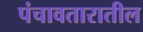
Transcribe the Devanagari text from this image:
पंचावतारातील